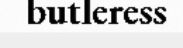
butleress